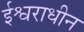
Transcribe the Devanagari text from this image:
ईश्वराधीन